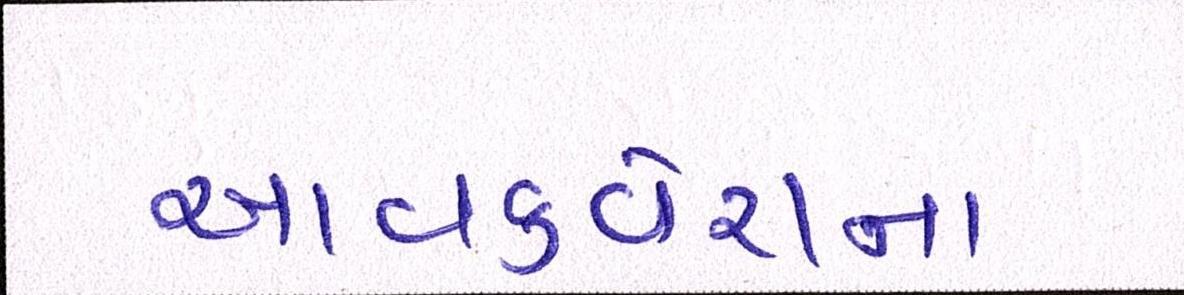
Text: આવકવેરાના